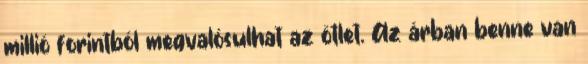
millió forintból megvalósulhat az ötlet. Az árban benne van